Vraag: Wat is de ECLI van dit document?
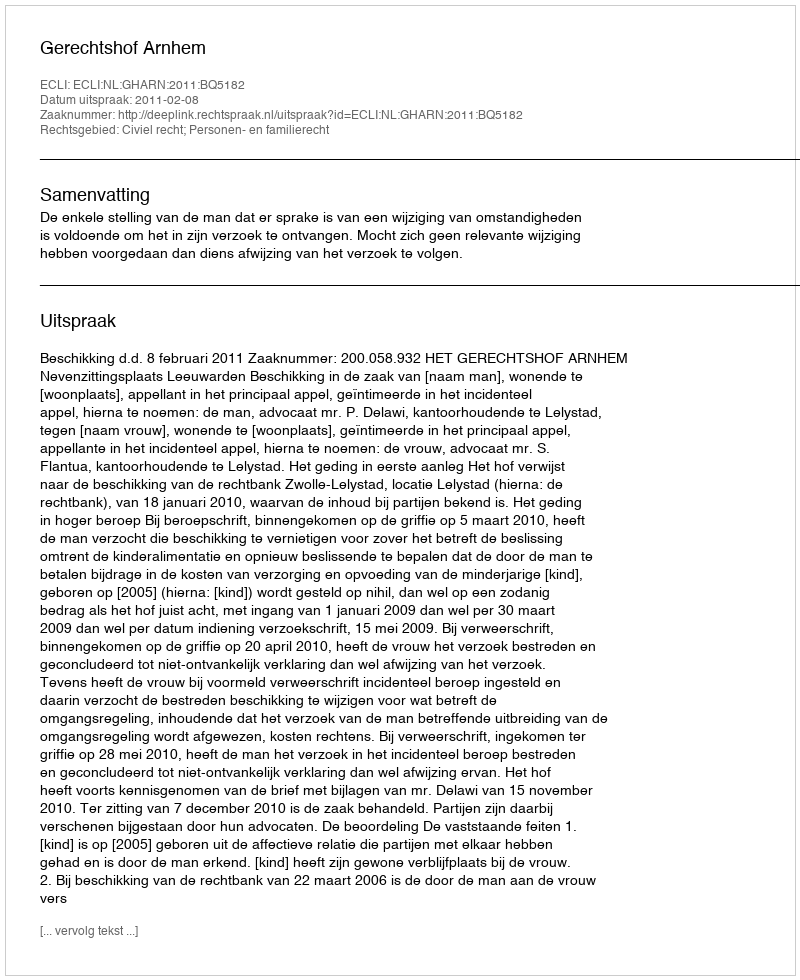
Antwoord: ECLI:NL:GHARN:2011:BQ5182